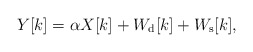
\begin{align*}Y[k]=\alpha X[k]+W_{\rm d}[k]+W_{\rm s}[k],\end{align*}